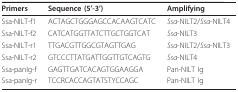
| Primers | Sequence (5'-3') | Amplifying |
 | --- | --- | --- |
 | Ssa-NILT-f1 | ACTAGCTGGGAGCCACAAGTCATC | Ssa-NILT2/Ssa-NILT4 |
 | Ssa-NILT-f2 | CATCATGGTTATCTTGCTGGTCAT | Ssa-NILT3 |
 | Ssa-NILT-r1 | TTGACGTTGGCGTAGTTGAG | Ssa-NILT2/Ssa-NILT3 |
 | Ssa-NILT-r2 | GTCCCTTATGATTGGTTGTCAGTG | Ssa-NILT4 |
 | Ssa-panIg-f | GAGTTGATCACAGTGGAAGGA | Pan-NILT Ig |
 | Ssa-panIg-r | TCCRCACCAGTATSTYCCAGC | Pan-NILT Ig |